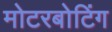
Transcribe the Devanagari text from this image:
मोटरबोटिंग